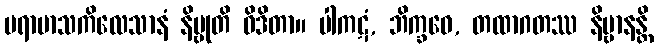
ပရာမာသကိလေသာနံ နိဗ္ဗုတိ ဝိဒိတာ။ ပါကဋံ, ဘိက္ခဝေ, တထာဂတဿ နိဗ္ဗာနန္တိ